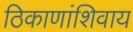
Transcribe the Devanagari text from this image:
ठिकाणांशिवाय